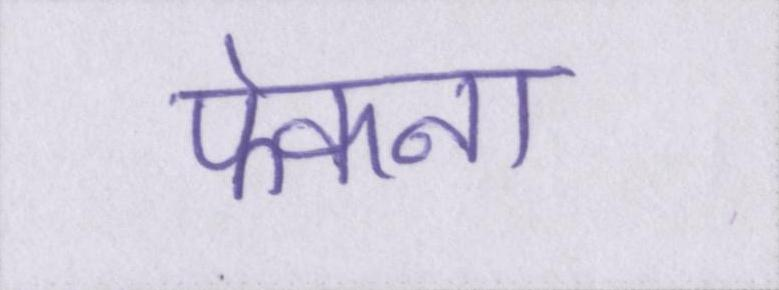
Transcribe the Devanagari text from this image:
फेकना